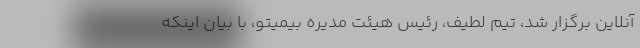
آنلاین برگزار شد، تیم لطیف، رئیس هیئت مدیره بیمیتو، با بیان اینکه